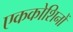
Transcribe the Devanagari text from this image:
एककोशिनों